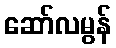
ဆော်လမွန်